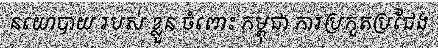
នយោបាយ របស់ ខ្លួន ចំពោះ កម្ពុជា ការប្រកួតប្រជែង